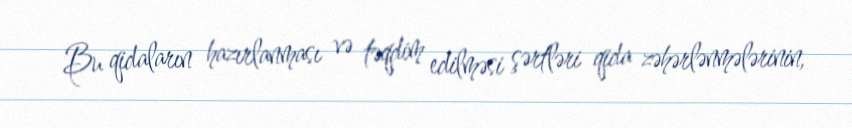
Bu qidaların hazırlanması və təqdim edilməsi şərtləri qida zəhərlənmələrinin,